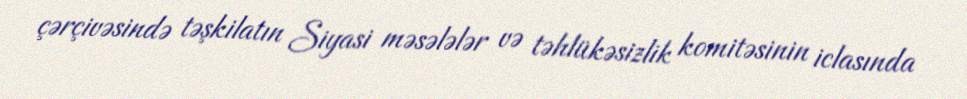
çərçivəsində təşkilatın Siyasi məsələlər və təhlükəsizlik komitəsinin iclasında